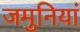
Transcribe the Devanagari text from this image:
जमुनियां